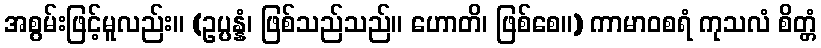
အစွမ်းဖြင့်မူလည်း။ (ဥပ္ပန္နံ၊ ဖြစ်သည်သည်။ ဟောတိ၊ ဖြစ်စေ။) ကာမာဝစရံ ကုသလံ စိတ္တံ